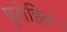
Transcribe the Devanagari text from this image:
पुरोहितः।